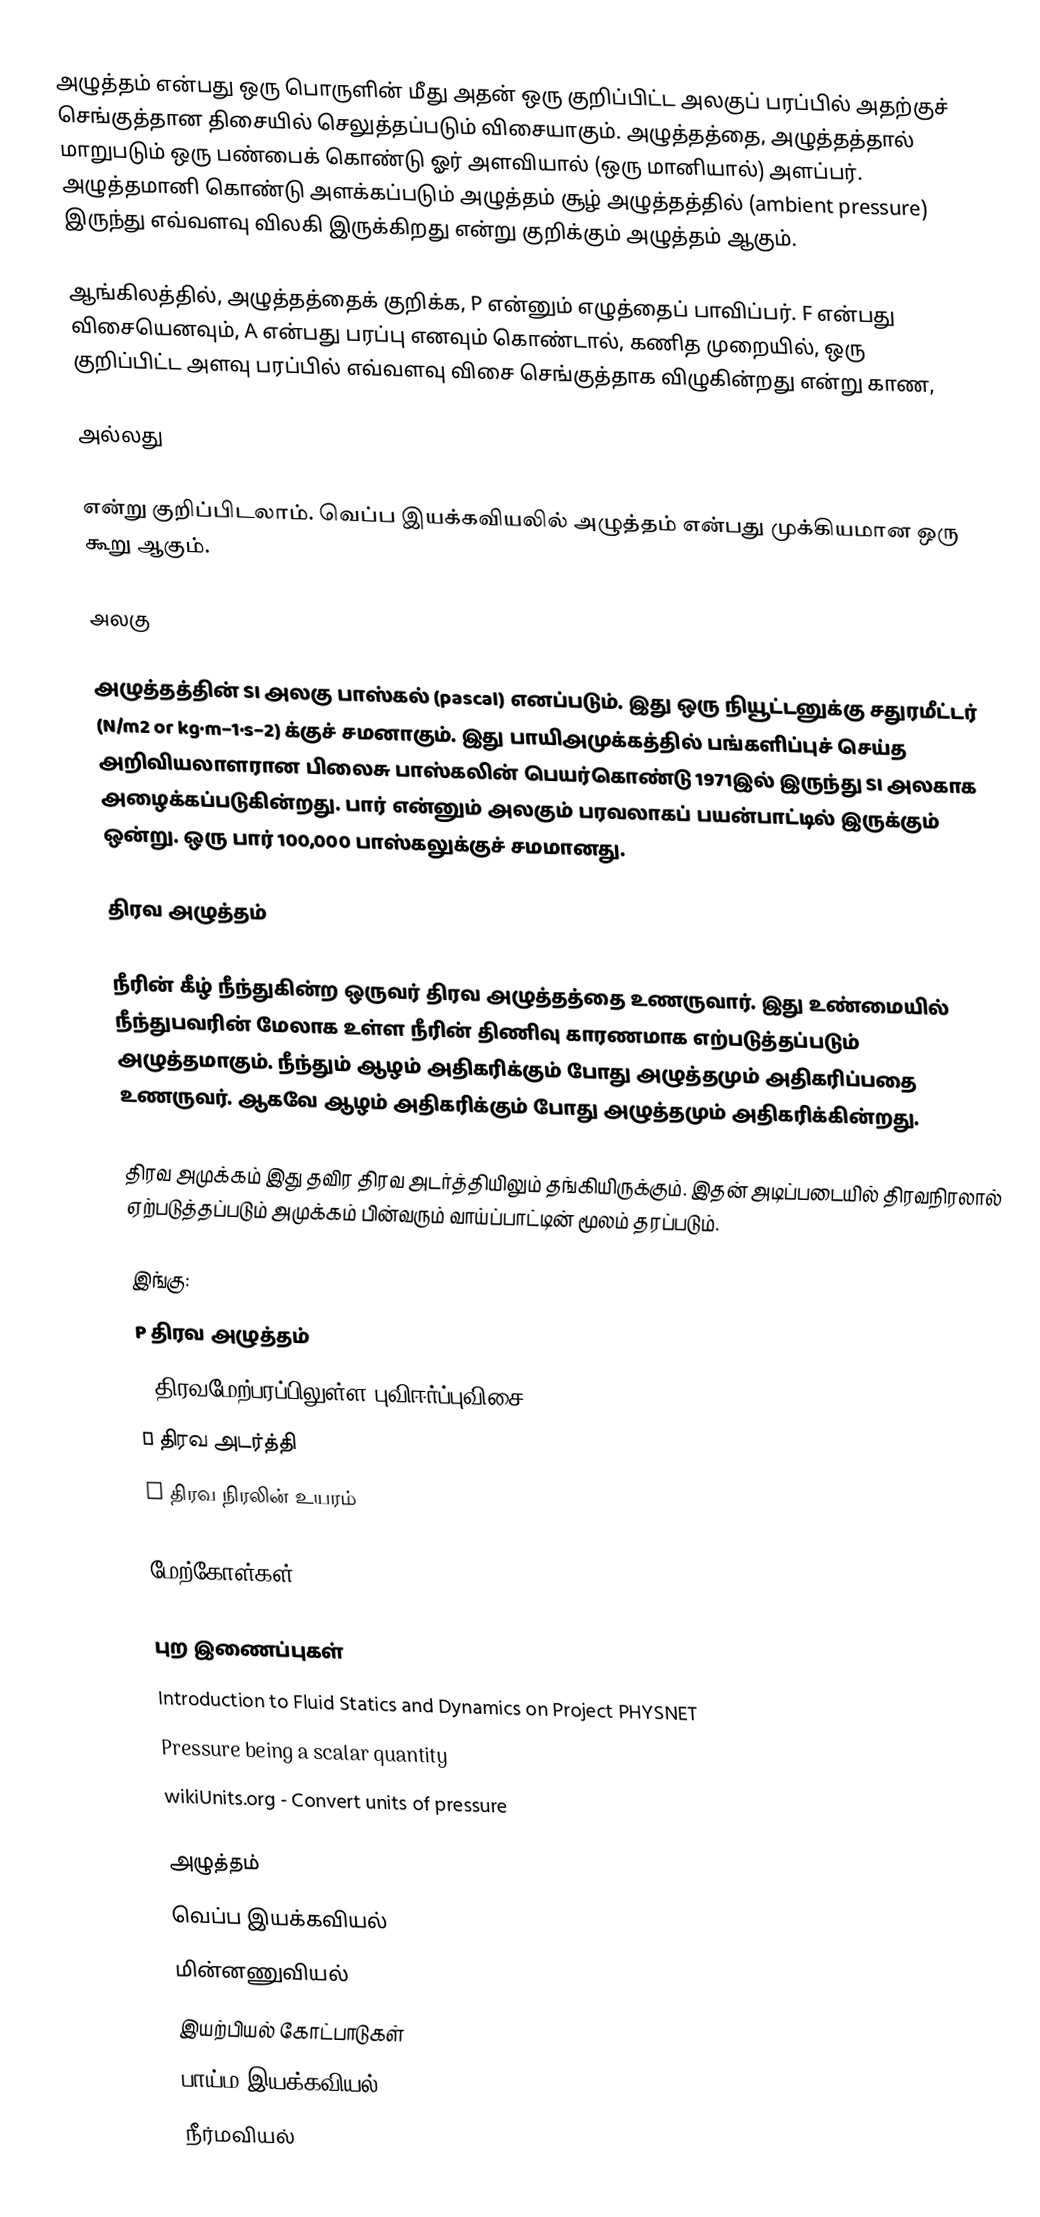
அழுத்தம் என்பது ஒரு பொருளின் மீது அதன் ஒரு குறிப்பிட்ட அலகுப் பரப்பில் அதற்குச் செங்குத்தான திசையில் செலுத்தப்படும் விசையாகும். அழுத்தத்தை, அழுத்தத்தால் மாறுபடும் ஒரு பண்பைக் கொண்டு ஓர் அளவியால் (ஒரு மானியால்) அளப்பர். அழுத்தமானி கொண்டு அளக்கப்படும் அழுத்தம் சூழ் அழுத்தத்தில் (ambient pressure) இருந்து எவ்வளவு விலகி இருக்கிறது என்று குறிக்கும் அழுத்தம் ஆகும்.

ஆங்கிலத்தில், அழுத்தத்தைக் குறிக்க, P என்னும் எழுத்தைப் பாவிப்பர்.  F என்பது விசையெனவும், A என்பது பரப்பு எனவும் கொண்டால், கணித முறையில், ஒரு குறிப்பிட்ட அளவு பரப்பில் எவ்வளவு விசை செங்குத்தாக விழுகின்றது என்று காண,

 அல்லது

என்று குறிப்பிடலாம். வெப்ப இயக்கவியலில் அழுத்தம் என்பது முக்கியமான ஒரு கூறு ஆகும்.

அலகு

அழுத்தத்தின் SI அலகு பாஸ்கல் (pascal) எனப்படும். இது ஒரு நியூட்டனுக்கு சதுரமீட்டர் (N/m2 or kg·m−1·s−2) க்குச் சமனாகும். இது பாயிஅமுக்கத்தில் பங்களிப்புச் செய்த அறிவியலாளரான பிலைசு பாஸ்கலின் பெயர்கொண்டு 1971இல் இருந்து SI அலகாக அழைக்கப்படுகின்றது. பார் என்னும் அலகும் பரவலாகப் பயன்பாட்டில் இருக்கும் ஒன்று. ஒரு பார் 100,000 பாஸ்கலுக்குச் சமமானது.

திரவ அழுத்தம்

நீரின் கீழ் நீந்துகின்ற ஒருவர் திரவ அழுத்தத்தை உணருவார். இது உண்மையில் நீந்துபவரின் மேலாக உள்ள நீரின் திணிவு காரணமாக எற்படுத்தப்படும் அழுத்தமாகும். நீந்தும் ஆழம் அதிகரிக்கும் போது அழுத்தமும் அதிகரிப்பதை உணருவர். ஆகவே ஆழம் அதிகரிக்கும் போது அழுத்தமும் அதிகரிக்கின்றது.

திரவ அமுக்கம் இது தவிர திரவ அடர்த்தியிலும் தங்கியிருக்கும். இதன் அடிப்படையில் திரவநிரலால் ஏற்படுத்தப்படும் அமுக்கம் பின்வரும் வாய்ப்பாட்டின் மூலம் தரப்படும்.

இங்கு:
P திரவ அழுத்தம்
g திரவமேற்பரப்பிலுள்ள புவிஈர்ப்புவிசை
ρ திரவ அடர்த்தி
h திரவ நிரலின் உயரம்

மேற்கோள்கள்

புற இணைப்புகள்
Introduction to Fluid Statics and Dynamics on Project PHYSNET
Pressure being a scalar quantity
wikiUnits.org - Convert units of pressure

அழுத்தம்
வெப்ப இயக்கவியல்
மின்னணுவியல்
இயற்பியல் கோட்பாடுகள்
பாய்ம இயக்கவியல்
நீர்மவியல்